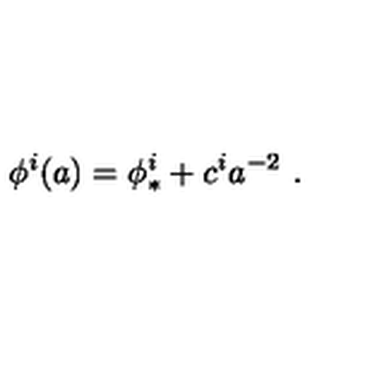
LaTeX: \phi ^ { i } ( a ) = \phi _ { * } ^ { i } + c ^ { i } a ^ { - 2 } \ .